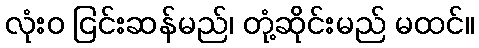
လုံးဝ ငြင်းဆန်မည်၊ တုံ့ဆိုင်းမည် မထင်။